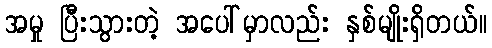
အမှု ပြီးသွားတဲ့ အပေါ်မှာလည်း နှစ်မျိုးရှိတယ်။